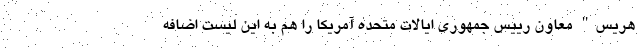
هریس" معاون رییس جمهوری ایالات متحده آمریکا را هم به این لیست اضافه